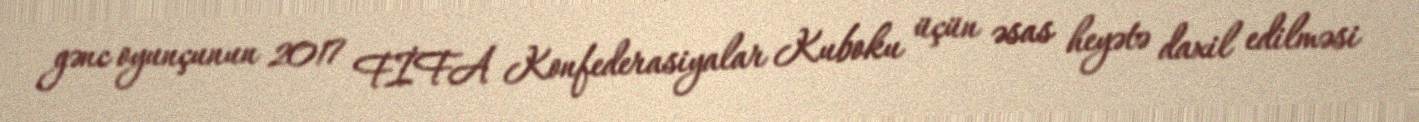
gənc oyunçunun 2017 FİFA Konfederasiyalar Kuboku üçün əsas heyətə daxil edilməsi